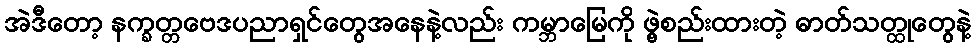
အဲဒီတော့ နက္ခတ္တဗေဒပညာရှင်တွေအနေနဲ့လည်း ကမ္ဘာမြေကို ဖွဲ့စည်းထားတဲ့ ဓာတ်သတ္ထုတွေနဲ့